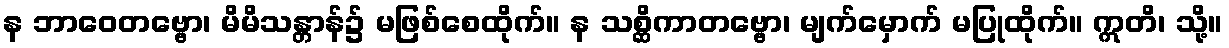
န ဘာဝေတဗ္ဗော၊ မိမိသန္တာန်၌ မဖြစ်စေထိုက်။ န သစ္ဆိကာတဗ္ဗော၊ မျက်မှောက် မပြုထိုက်။ ဣတိ၊ သို့။